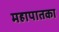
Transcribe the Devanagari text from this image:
महापातका